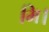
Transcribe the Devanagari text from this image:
मि।